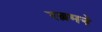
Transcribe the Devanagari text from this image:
रत्नमने